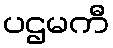
ပဌမကီ